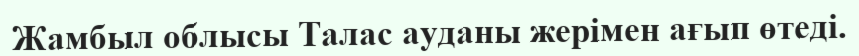
Жамбыл облысы Талас ауданы жерімен ағып өтеді.